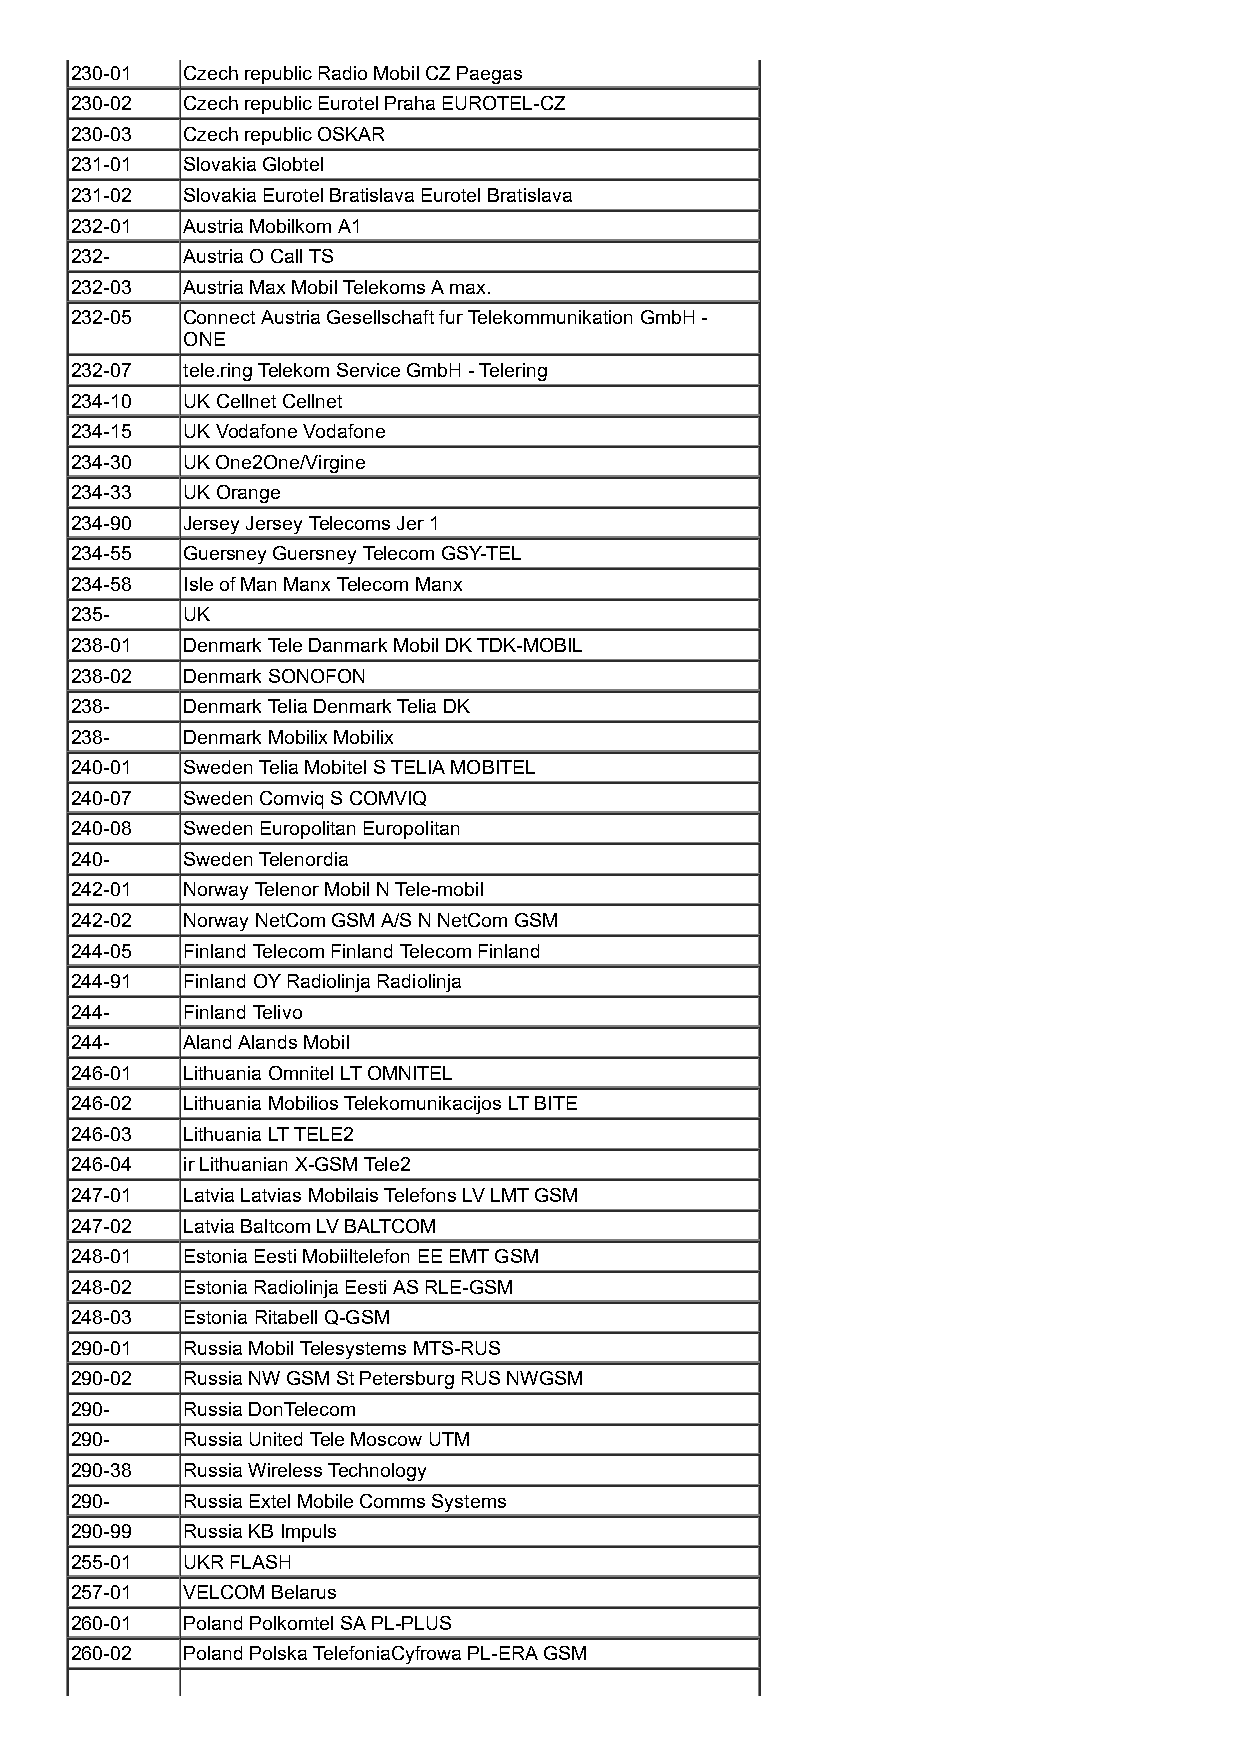
230-01 Czech republic Radio Mobil CZ Paegas
 230-02 Czech republic Eurotel Praha EUROTEL-CZ
 230-03 Czech republic OSKAR
 231-01 Slovakia Globtel
 231-02 Slovakia Eurotel Bratislava Eurotel Bratislava
 232-01 Austria Mobilkom A1
 232-   Austria O Call TS
 232-03 Austria Max Mobil Telekoms A max.
 232-05 Connect Austria Gesellschaft fur Telekommunikation GmbH -
 ONE
 232-07 tele.ring Telekom Service GmbH - Telering
 234-10 UK Cellnet Cellnet
 234-15 UK Vodafone Vodafone
 234-30 UK One2One/Virgine
 234-33 UK Orange
 234-90 Jersey Jersey Telecoms Jer 1
 234-55 Guersney Guersney Telecom GSY-TEL
 234-58 Isle of Man Manx Telecom Manx
 235-   UK
 238-01 Denmark Tele Danmark Mobil DK TDK-MOBIL
 238-02 Denmark SONOFON
 238-   Denmark Telia Denmark Telia DK
 238-   Denmark Mobilix Mobilix
 240-01 Sweden Telia Mobitel S TELIA MOBITEL
 240-07 Sweden Comviq S COMVIQ
 240-08 Sweden Europolitan Europolitan
 240-   Sweden Telenordia
 242-01 Norway Telenor Mobil N Tele-mobil
 242-02 Norway NetCom GSM A/S N NetCom GSM
 244-05 Finland Telecom Finland Telecom Finland
 244-91 Finland OY Radiolinja Radiolinja
 244-   Finland Telivo
 244-   Aland Alands Mobil
 246-01 Lithuania Omnitel LT OMNITEL
 246-02 Lithuania Mobilios Telekomunikacijos LT BITE
 246-03 Lithuania LT TELE2
 246-04 ir Lithuanian X-GSM Tele2
 247-01 Latvia Latvias Mobilais Telefons LV LMT GSM
 247-02 Latvia Baltcom LV BALTCOM
 248-01 Estonia Eesti Mobiiltelefon EE EMT GSM
 248-02 Estonia Radiolinja Eesti AS RLE-GSM
 248-03 Estonia Ritabell Q-GSM
 290-01 Russia Mobil Telesystems MTS-RUS
 290-02 Russia NW GSM St Petersburg RUS NWGSM
 290-   Russia DonTelecom
 290-   Russia United Tele Moscow UTM
 290-38 Russia Wireless Technology
 290-   Russia Extel Mobile Comms Systems
 290-99 Russia KB Impuls
 255-01 UKR FLASH
 257-01 VELCOM Belarus
 260-01 Poland Polkomtel SA PL-PLUS
 260-02 Poland Polska TelefoniaCyfrowa PL-ERA GSM